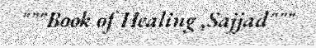
"""Book of Healing ,Sajjad"""